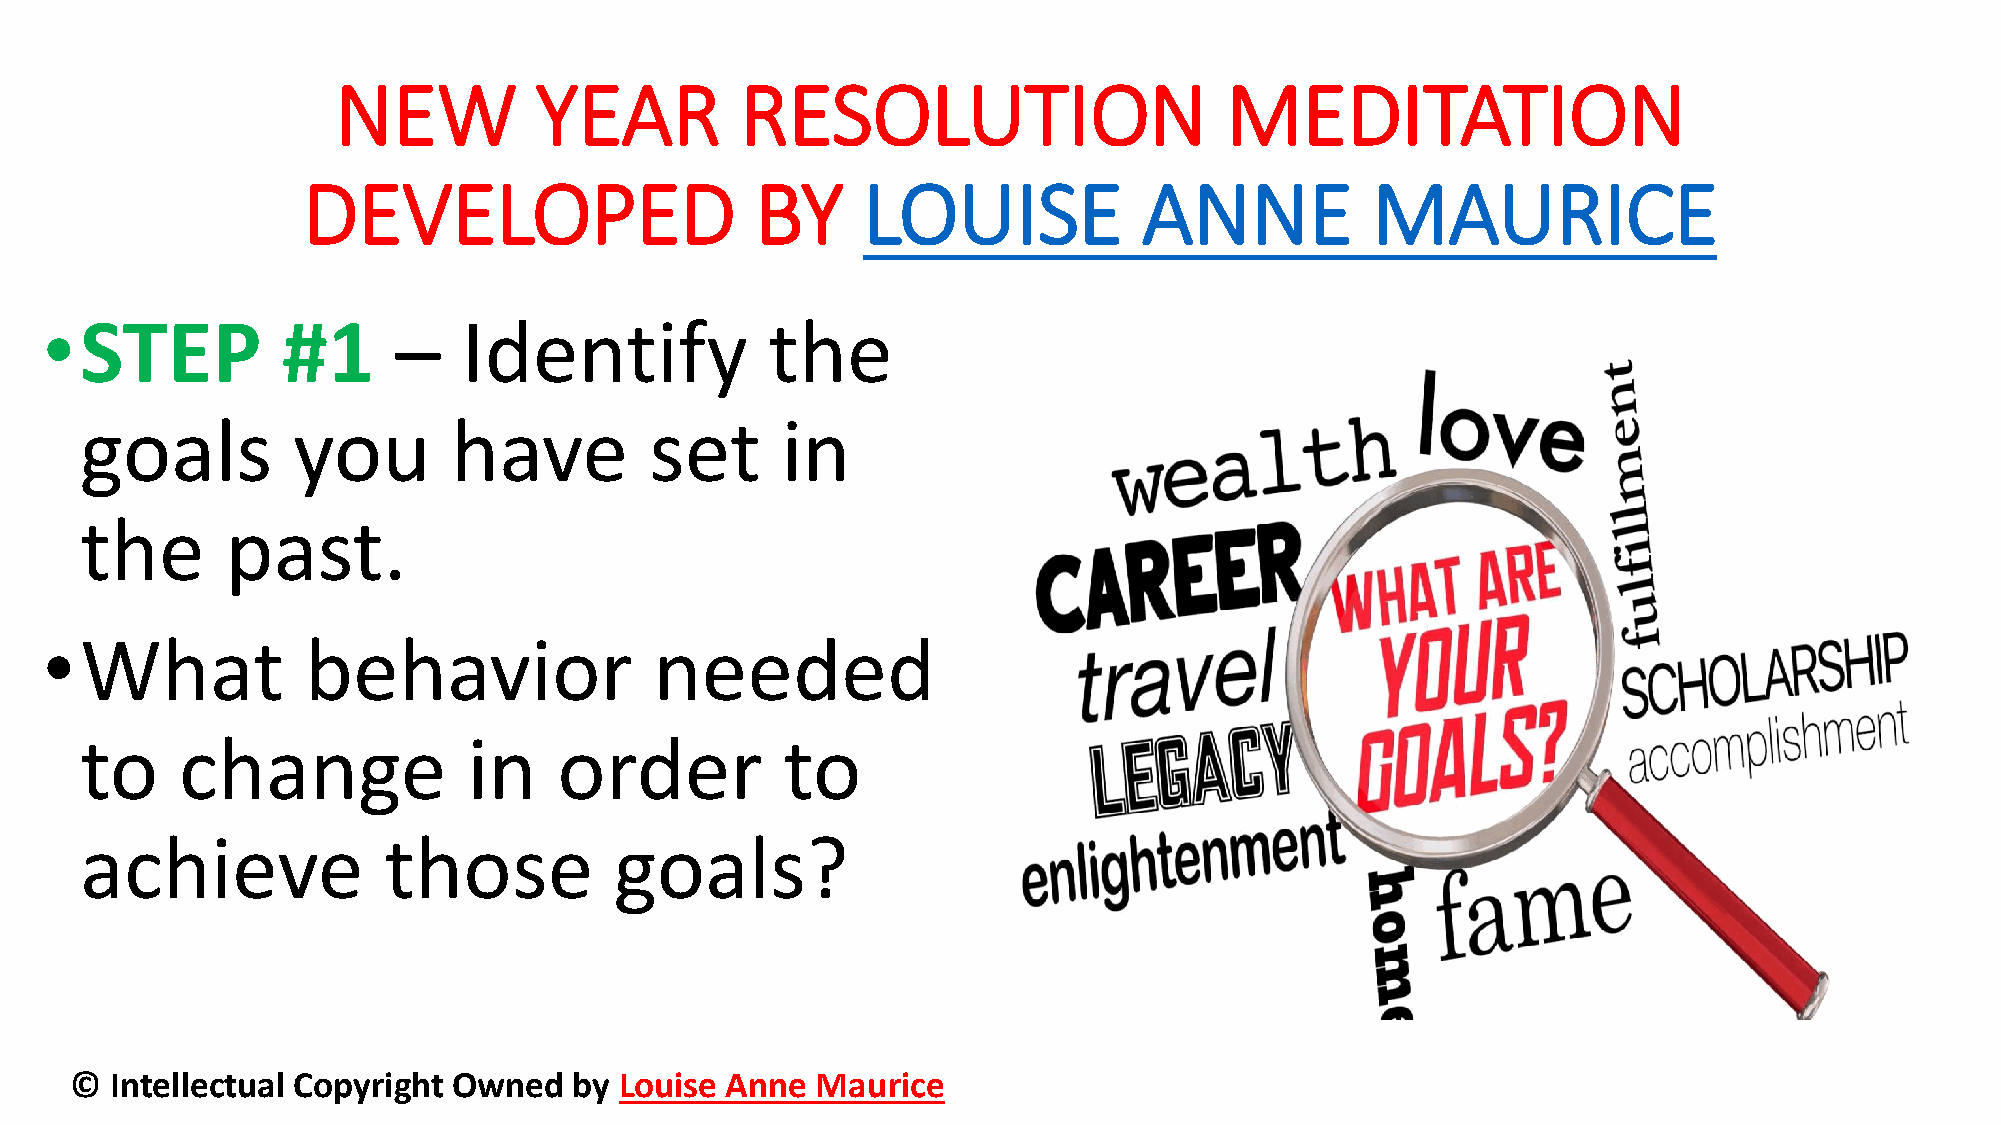
NEW          YEAR          RESOLUTION                      MEDITATION
 DEVELOPED                     BY     LOUISE             ANNE           MAURICE
 •STEP           #1     –    Identify            the
 goals         you        have         set      in
 the       past.
 •What            behavior               needed
 to     change             in    order          to
 achieve             those           goals?
 © Intellectual Copyright Owned   by Louise Anne  Maurice